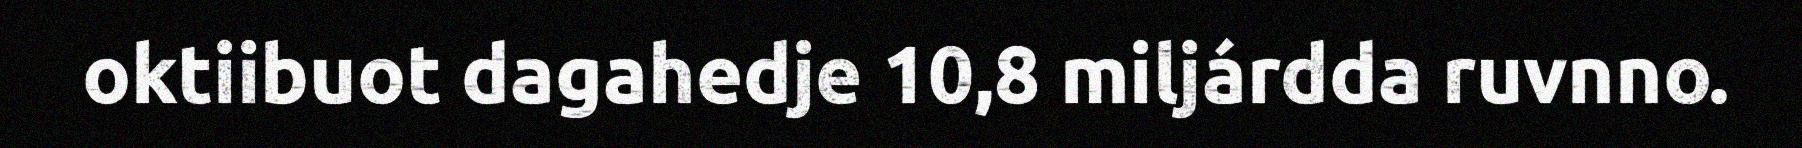
oktiibuot dagahedje 10,8 miljárdda ruvnno.